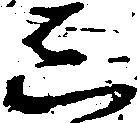
し